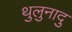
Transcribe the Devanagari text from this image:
थुलुनादु